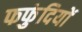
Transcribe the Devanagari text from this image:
फफुंदियों